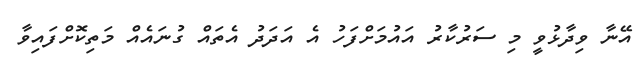
އޭނާ ވިދާޅުވީ މި ސަރުކާރު އައުމަށްފަހު އެ އަދަދު އެތައް ގުނައެއް މަތިކޮށްފައިވާ